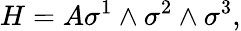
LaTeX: H=A\sigma^{1}\wedge\sigma^{2}\wedge\sigma^{3},